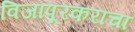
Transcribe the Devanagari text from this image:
विजापूरकरांचा